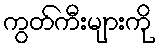
ကွတ်ကီးများကို